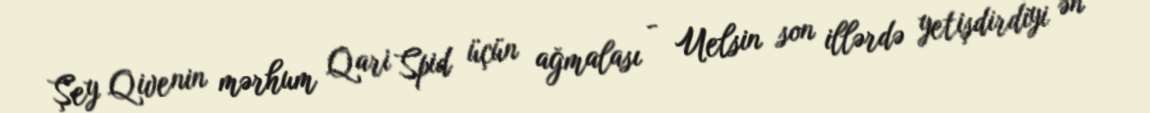
Şey Qivenin mərhum Qari Spid üçün ağmalası - Uelsin son illərdə yetişdirdiyi ən